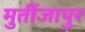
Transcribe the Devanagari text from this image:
मुर्तीजापुर